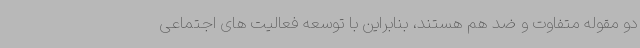
دو مقوله متفاوت و ضد هم هستند، بنابراین با توسعه فعالیت های اجتماعی